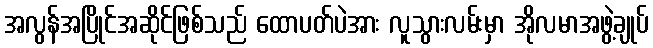
အလွန်အပြိုင်အဆိုင်ဖြစ်သည် ထောပတ်ပဲအား လူသွားလမ်းမှာ အိုလမာအဖွဲ့ချုပ်